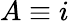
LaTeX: A\equiv i